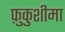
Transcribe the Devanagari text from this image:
फ़ुकुशीमा